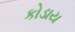
કોડાય